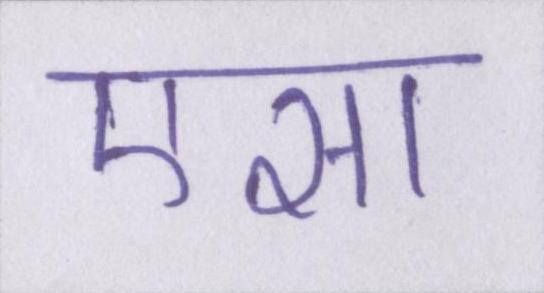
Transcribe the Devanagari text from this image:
एसा